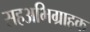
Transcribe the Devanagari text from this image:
सहअभिग्राहक